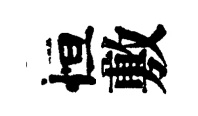
恒敷